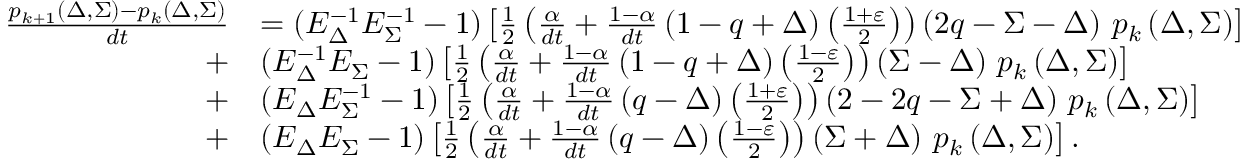
\begin{array} { r l } { \frac { p _ { k + 1 } \left( \Delta , \Sigma \right) - p _ { k } \left( \Delta , \Sigma \right) } { d t } } & { = ( E _ { \Delta } ^ { - 1 } E _ { \Sigma } ^ { - 1 } - 1 ) \left[ \frac { 1 } { 2 } \left( \frac { \alpha } { d t } + \frac { 1 - \alpha } { d t } \left( 1 - q + \Delta \right) \left( \frac { 1 + \varepsilon } { 2 } \right) \right) \left( 2 q - \Sigma - \Delta \right) \thinspace p _ { k } \left( \Delta , \Sigma \right) \right] } \\ { + } & { ( E _ { \Delta } ^ { - 1 } E _ { \Sigma } - 1 ) \left[ \frac { 1 } { 2 } \left( \frac { \alpha } { d t } + \frac { 1 - \alpha } { d t } \left( 1 - q + \Delta \right) \left( \frac { 1 - \varepsilon } { 2 } \right) \right) \left( \Sigma - \Delta \right) \thinspace p _ { k } \left( \Delta , \Sigma \right) \right] } \\ { + } & { ( E _ { \Delta } E _ { \Sigma } ^ { - 1 } - 1 ) \left[ \frac { 1 } { 2 } \left( \frac { \alpha } { d t } + \frac { 1 - \alpha } { d t } \left( q - \Delta \right) \left( \frac { 1 + \varepsilon } { 2 } \right) \right) \left( 2 - 2 q - \Sigma + \Delta \right) \thinspace p _ { k } \left( \Delta , \Sigma \right) \right] } \\ { + } & { ( E _ { \Delta } E _ { \Sigma } - 1 ) \left[ \frac { 1 } { 2 } \left( \frac { \alpha } { d t } + \frac { 1 - \alpha } { d t } \left( q - \Delta \right) \left( \frac { 1 - \varepsilon } { 2 } \right) \right) \left( \Sigma + \Delta \right) \thinspace p _ { k } \left( \Delta , \Sigma \right) \right] . } \end{array}